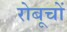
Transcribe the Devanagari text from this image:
रोबूचों